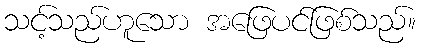
သင့်သည်ဟူသော အဖြေပင်ဖြစ်သည်။